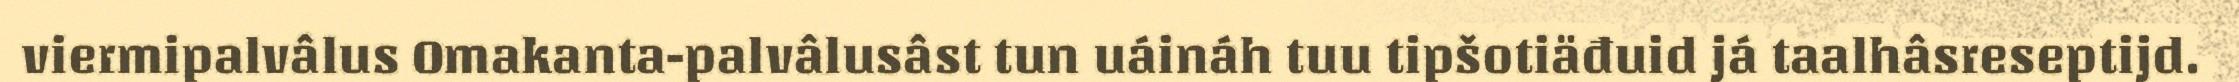
viermipalvâlus Omakanta-palvâlusâst tun uáináh tuu tipšotiäđuid já taalhâsreseptijd.